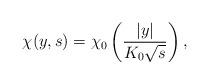
LaTeX: \begin{align*}\chi(y,s) = \chi_0\left(\frac{|y|}{K_0 \sqrt s} \right),\end{align*}